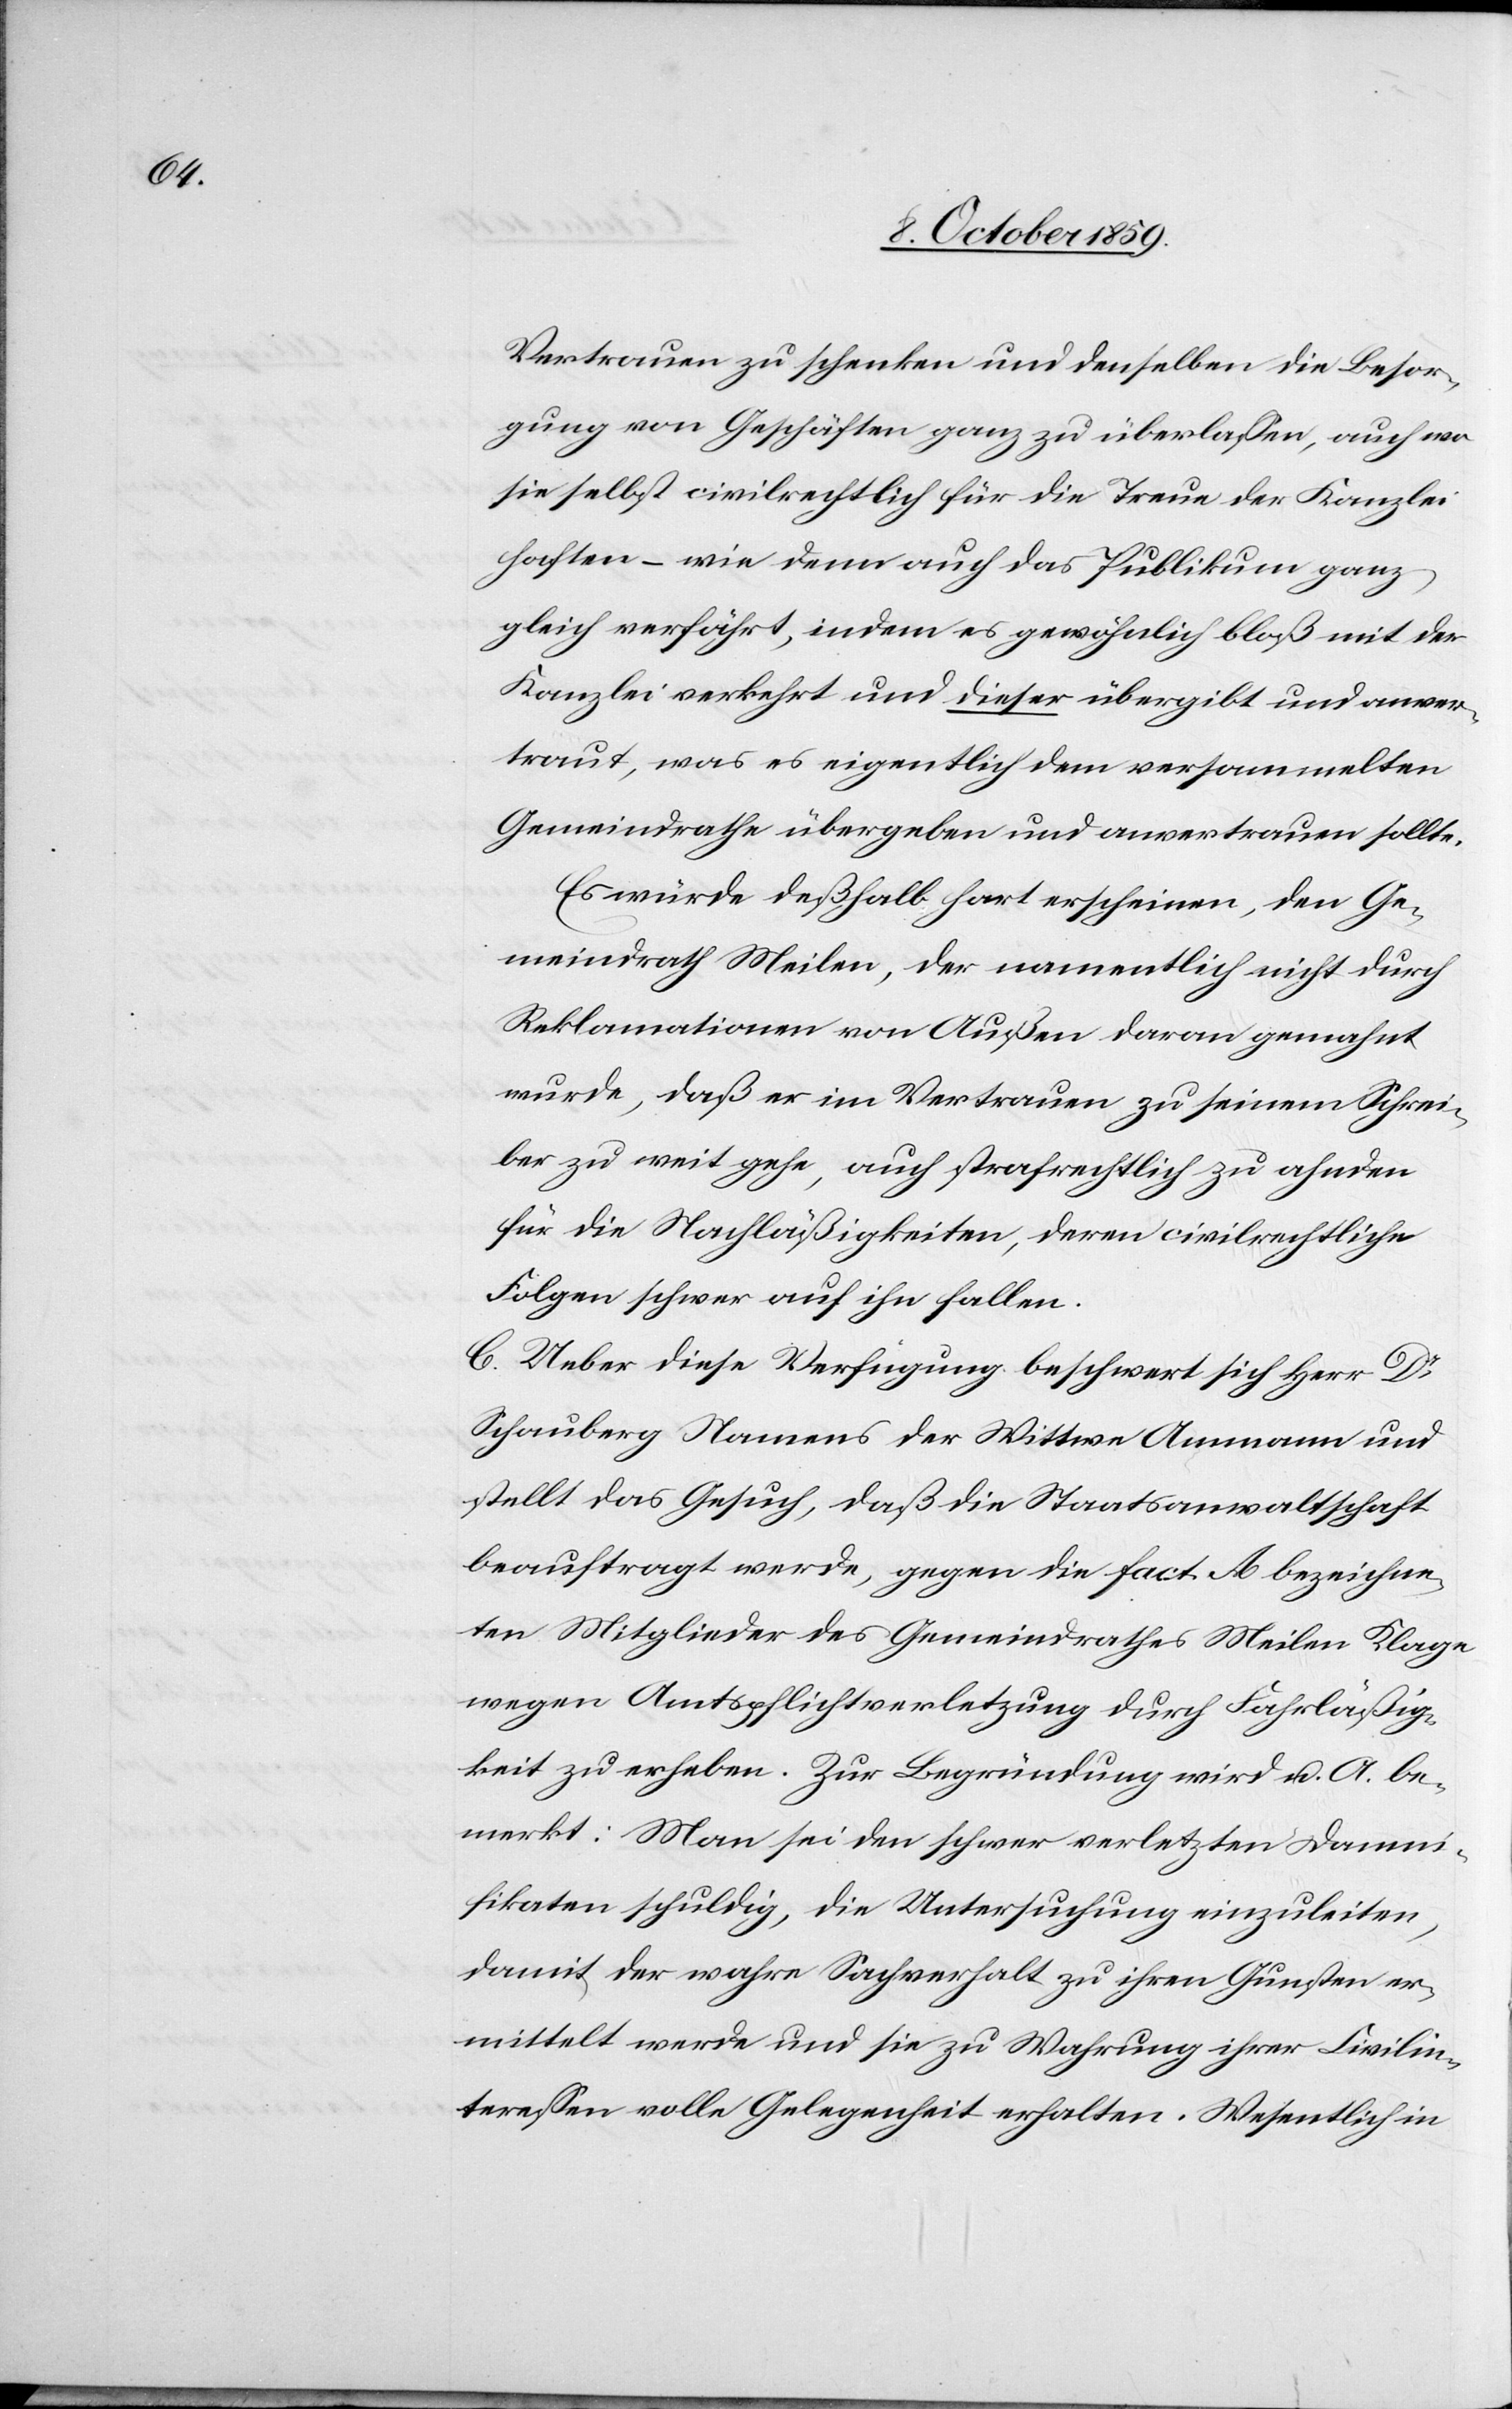
Vertrauen zu schenken und denselben die Besor¬
gung von Geschäften ganz zu überlassen, auch wo¬
hin selbst civilrechtlich für die Treue der Kanzlei
halten – wie denn auch das Publikum ganz
gleich verfährt, indem es gewöhnlich bloß mit der
Kanzlei verkehrt und dieser übergibt und anver¬
traut, was es eigentlich dem versammelten
Gemeindrathe übergeben und anvertrauen sollte.
Es würde deßhalb hart erscheinen, den Ge¬
meindrath Meilen, der namentlich nicht durch
Reklamation von Außen daran gemahnt
wurde, daß er im Vertrauen zu seinem Schrei¬
ber zu weit gehe und strafrechtlich zu ahnden
für die Nachläßigkeiten, daran civilrechtliche
Folgen schwer auf ihn fallen.
C. Ueber diese Verfügung beschwert sich Herr Dr
Schauberg Namens der Wittwe Ammann und
stellt das Gesuch, daß die Staatsanwaltschaft
beauftragt werde, gegen die fact. A. bezeichne¬
ten Mitglieder des Gemeindrathes Meilen Klage
wegen Amtspflichtverletzung durch Fahrläßig¬
keit zu erheben. Zur Begründung wird u. A. be¬
merkt: Man sei den schwer verletzten Damni¬
fikaten schuldig, die Untersuchung einzuleiten,
damit der wahre Sachverhalt zu ihren Gunsten er¬
mittelt werde und sie zu Wahrung ihrer Civilin¬
teressen volle Gelegenheit erhalten. Wesentlich in